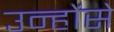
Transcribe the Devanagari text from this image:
उन्होंसे